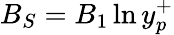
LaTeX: B_{S}=B_{1}\ln y_{p}^{+}